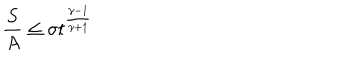
\frac { S } { A } \leq \sigma t ^ { \frac { \gamma - 1 } { \gamma + 1 } }